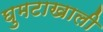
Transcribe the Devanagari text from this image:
घुमटाखाली